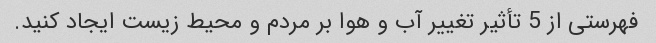
فهرستی از 5 تأثیر تغییر آب و هوا بر مردم و محیط زیست ایجاد کنید.